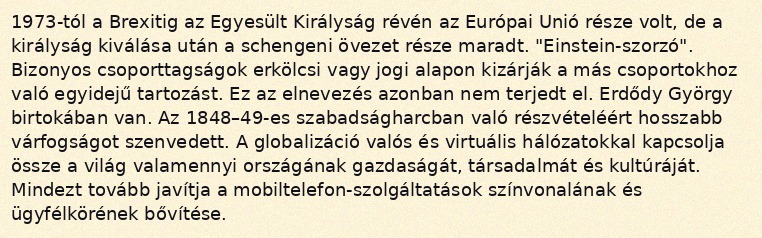
1973-tól a Brexitig az Egyesült Királyság révén az Európai Unió része volt, de a királyság kiválása után a schengeni övezet része maradt. "Einstein-szorzó". Bizonyos csoporttagságok erkölcsi vagy jogi alapon kizárják a más csoportokhoz való egyidejű tartozást. Ez az elnevezés azonban nem terjedt el. Erdődy György birtokában van. Az 1848–49-es szabadságharcban való részvételéért hosszabb várfogságot szenvedett. A globalizáció valós és virtuális hálózatokkal kapcsolja össze a világ valamennyi országának gazdaságát, társadalmát és kultúráját. Mindezt tovább javítja a mobiltelefon-szolgáltatások színvonalának és ügyfélkörének bővítése.